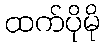
ထက်ပိုမို